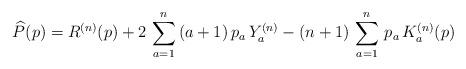
LaTeX: \begin{align*} \widehat P(p)=R^{(n)}(p)+2\,\sum_{a=1}^n\,(a+1)\,p_a\,Y_a^{(n)} -(n+1)\,\sum_{a=1}^n\,p_a\,K_a^{(n)}(p)\end{align*}